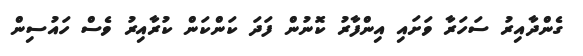
ގެންދާއިރު ސަހަރާ ވަށައި އިންފާރު ކޮނުން ފަދަ ކަންކަން ކުރާއިރު ވެސް ހައުސިން